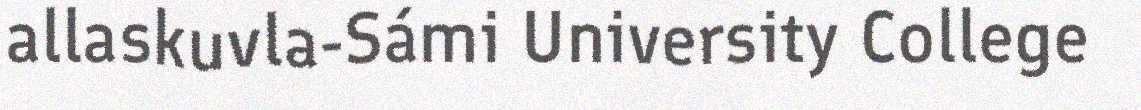
allaskuvla-Sámi University College